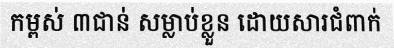
កម្ពស់ ៣ជាន់ សម្លាប់ខ្លួន ដោយសារជំពាក់